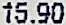
15.90